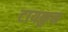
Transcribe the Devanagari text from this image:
टायकुन